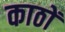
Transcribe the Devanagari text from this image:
काठों